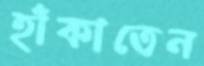
হাঁকাতেন